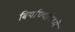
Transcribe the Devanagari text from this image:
बिर्याण्यांमध्ये